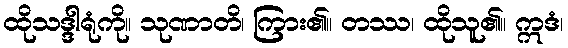
ထိုသဒ္ဒါရုံကို။ သုဏာတိ၊ ကြား၏။ တဿ၊ ထိုသူ၏။ ဣဒံ၊